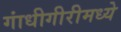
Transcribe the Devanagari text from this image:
गांधीगीरीमध्ये